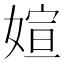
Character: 媗